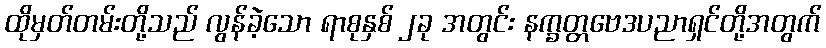
ထိုမှတ်တမ်းတို့သည် လွန်ခဲ့သော ရာစုနှစ် ၂ခု အတွင်း နက္ခတ္တဗေဒပညာရှင်တို့အတွက်